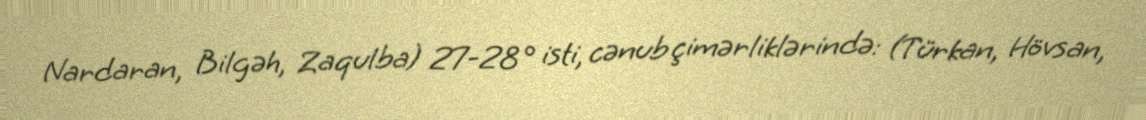
Nardaran, Bilgəh, Zaqulba) 27-28° isti, cənub çimərliklərində: (Türkan, Hövsan,